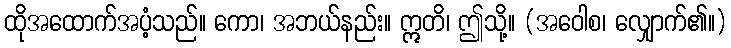
ထိုအထောက်အပံ့သည်။ ကော၊ အဘယ်နည်း။ ဣတိ၊ ဤသို့။ (အဝေါစ၊ လျှောက်၏။)